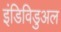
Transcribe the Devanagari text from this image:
इंडिविडुअल